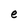
Character: e